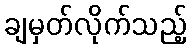
ချမှတ်လိုက်သည့်